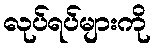
လုပ်ရပ်များကို